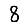
Digit: 8